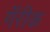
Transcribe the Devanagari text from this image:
गॅरीक